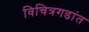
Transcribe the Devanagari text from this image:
विचित्रगडांत